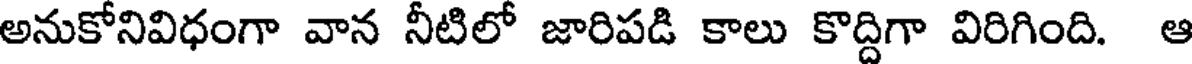
అనుకోనివిధంగా వాన నీటిలో జారిపడి కాలు కొద్దిగా విరిగింది. ఆ